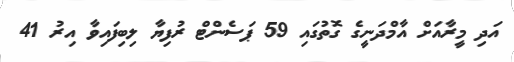
އަދި މީރާއަށް އާމްދަނީގެ ގޮތުގައި 59 ޕަސެންޓް ރުފިޔާ ލިބިފައިވާ އިރު 41